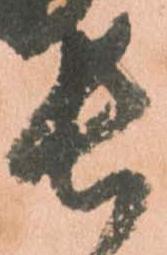
長